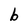
Character: b